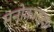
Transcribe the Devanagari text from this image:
मनोकाङ्क्षा